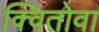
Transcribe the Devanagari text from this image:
क्वितोवा